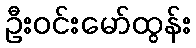
ဦးဝင်းမော်ထွန်း